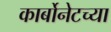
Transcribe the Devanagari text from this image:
कार्बोनेटच्या